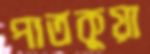
পাতকুয়া